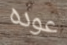
عوده